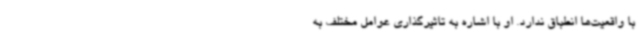
با واقعیت‌ها انطباق ندارد. او با اشاره به تاثیرگذاری عوامل مختلف به